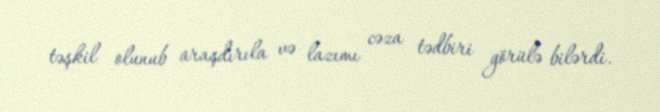
təşkil olunub araşdırıla və lazımı cəza tədbiri görülə bilərdi.